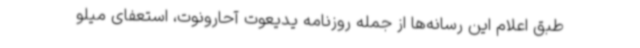
طبق اعلام این رسانه‌ها از جمله روزنامه یدیعوت آحارونوت، استعفای میلو